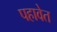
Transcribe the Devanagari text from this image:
पहावेत